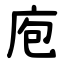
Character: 庖